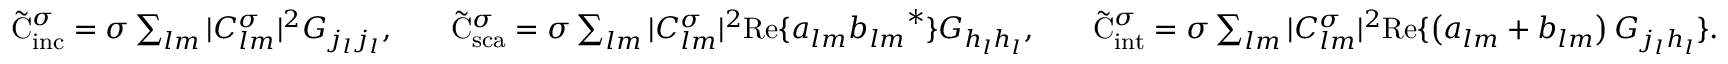
\begin{array} { r l r l r } { \tilde { \mathrm { { C } } } _ { \mathrm { i n c } } ^ { \sigma } = \sigma \sum _ { l m } | C _ { l m } ^ { \sigma } | ^ { 2 } G _ { j _ { l } j _ { l } } , } & { } & { \tilde { \mathrm { { C } } } _ { \mathrm { s c a } } ^ { \sigma } = \sigma \sum _ { l m } | C _ { l m } ^ { \sigma } | ^ { 2 } \mathrm { R e } \{ a _ { l m } { b _ { l m } } ^ { * } \} G _ { h _ { l } h _ { l } } , } & { } & { \tilde { \mathrm { { C } } } _ { \mathrm { i n t } } ^ { \sigma } = \sigma \sum _ { l m } | C _ { l m } ^ { \sigma } | ^ { 2 } \mathrm { R e } \{ \left( a _ { l m } + b _ { l m } \right) G _ { j _ { l } h _ { l } } \} . } \end{array}